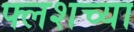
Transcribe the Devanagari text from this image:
फ्लशच्या